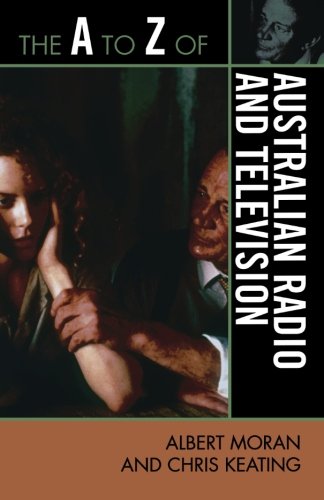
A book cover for The A to Z of Australian Radio and Television (The A to Z Guide Series); Albert Moran; Humor & Entertainment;